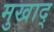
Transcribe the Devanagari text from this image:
मुखाद्